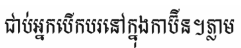
ជាប់អ្នកបើកបរនៅក្នុងកាប៊ីន។ភ្លាម